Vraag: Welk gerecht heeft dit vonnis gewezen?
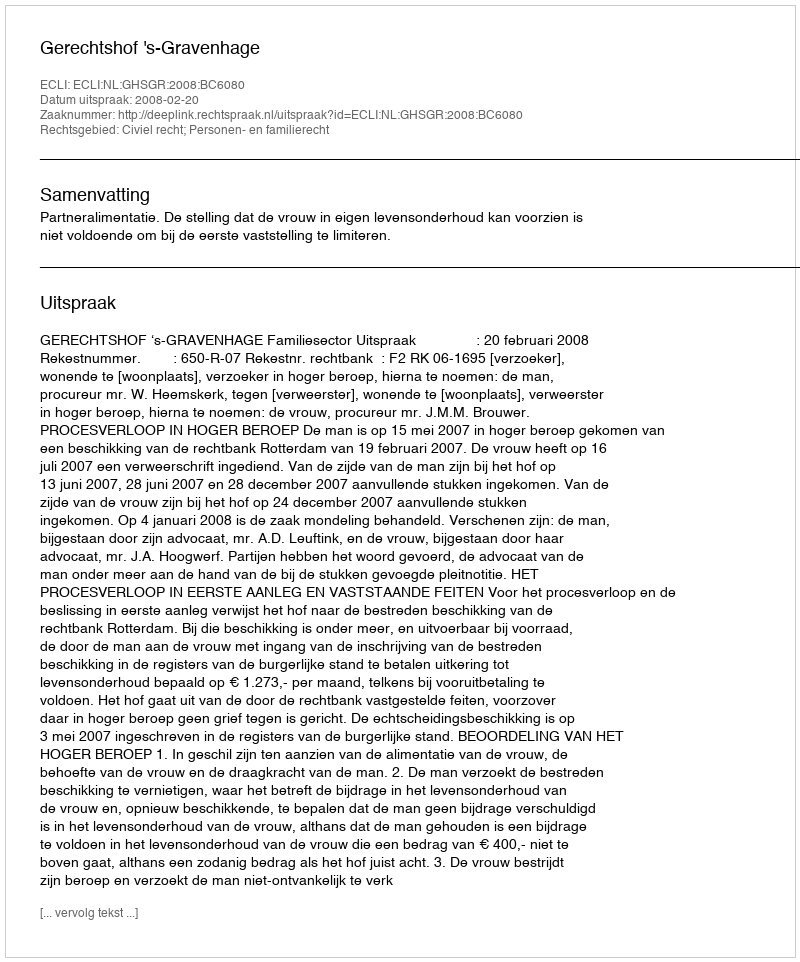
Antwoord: Gerechtshof 's-Gravenhage